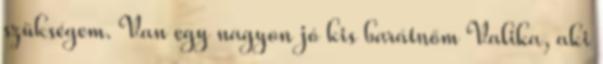
szükségem. Van egy nagyon jó kis barátnőm Valika, aki